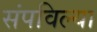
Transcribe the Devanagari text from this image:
संपविल्या